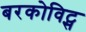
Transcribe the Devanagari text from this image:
बरकोविट्स